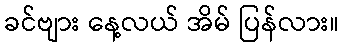
ခင်ဗျား နေ့လယ် အိမ် ပြန်လား။